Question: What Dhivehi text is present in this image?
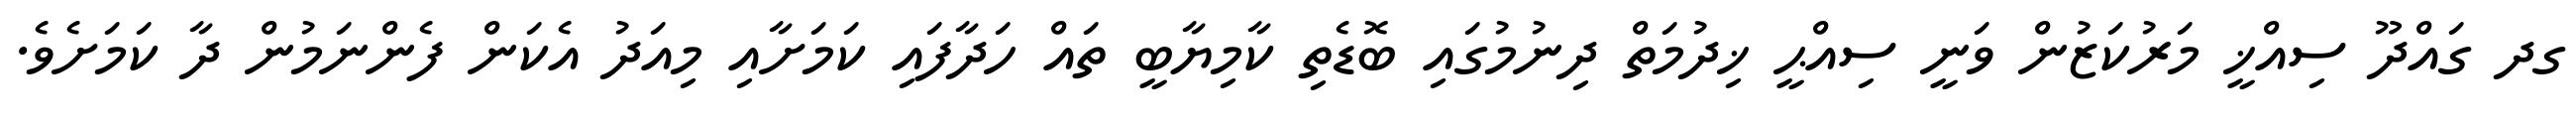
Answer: ގދ ގައްދޫ ސިއްޚީ މަރުކަޒުން ވަނީ ސިއްޙީ ޚިދުމަތް ދިނުމުގައި ބޮޑެތި ކާމިޔާބީ ތައް ހަދާފައި ކަމަށާއި މިއަދު އެކަން ފެންނަމުން ދާ ކަމަށެވެ.